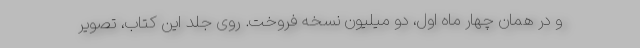
و در همان چهار ماه اول، دو میلیون نسخه فروخت. روی جلد این کتاب، تصویر